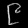
Digit: ၉